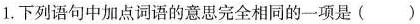
1.下列语句中加点词语的意思完全相同的一项是()